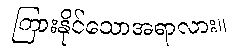
ကြားနိုင်သောအရာလား။